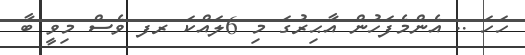
ހަހަ .. އެންމެފަހުން އާޙިރުގަ މި 6ލައްކަ ރފ ވެސް މިވީ ބާ